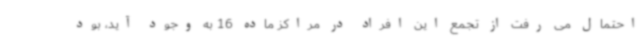
احتمال می رفت از تجمع این افراد در مراکز ماده 16 به وجود آید، بود